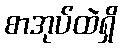
စာအုပ်ထဲရှိ